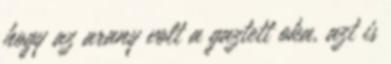
hogy az arany volt a gaztett oka, azt is